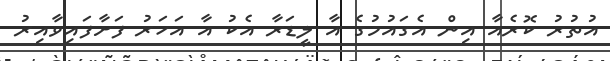
އުތުރު ކޮރެއާ އިން އެގައުމުގެ އާ ލީޑަރާ އެކު އާ އަހަރު ފަށާފައިވާއިރު